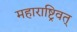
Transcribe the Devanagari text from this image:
महाराष्ट्रिवत्